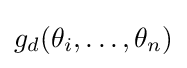
{\textstyle g_{d}(\theta _{i},\ldots ,\theta _{n})}